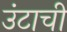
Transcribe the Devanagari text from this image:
उंटाची